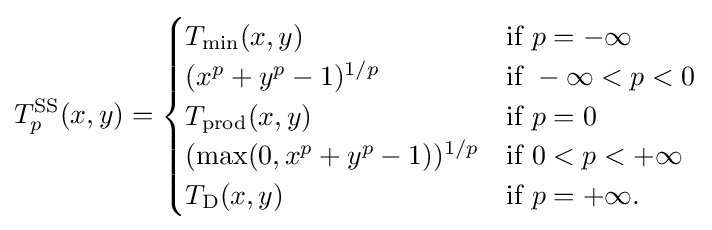
T_{p}^{\mathrm {SS} }(x,y)={\begin{cases}T_{\min }(x,y)&{\text{if }}p=-\infty \\(x^{p}+y^{p}-1)^{1/p}&{\text{if }}-\infty <p<0\\T_{\mathrm {prod} }(x,y)&{\text{if }}p=0\\(\max(0,x^{p}+y^{p}-1))^{1/p}&{\text{if }}0<p<+\infty \\T_{\mathrm {D} }(x,y)&{\text{if }}p=+\infty .\end{cases}}